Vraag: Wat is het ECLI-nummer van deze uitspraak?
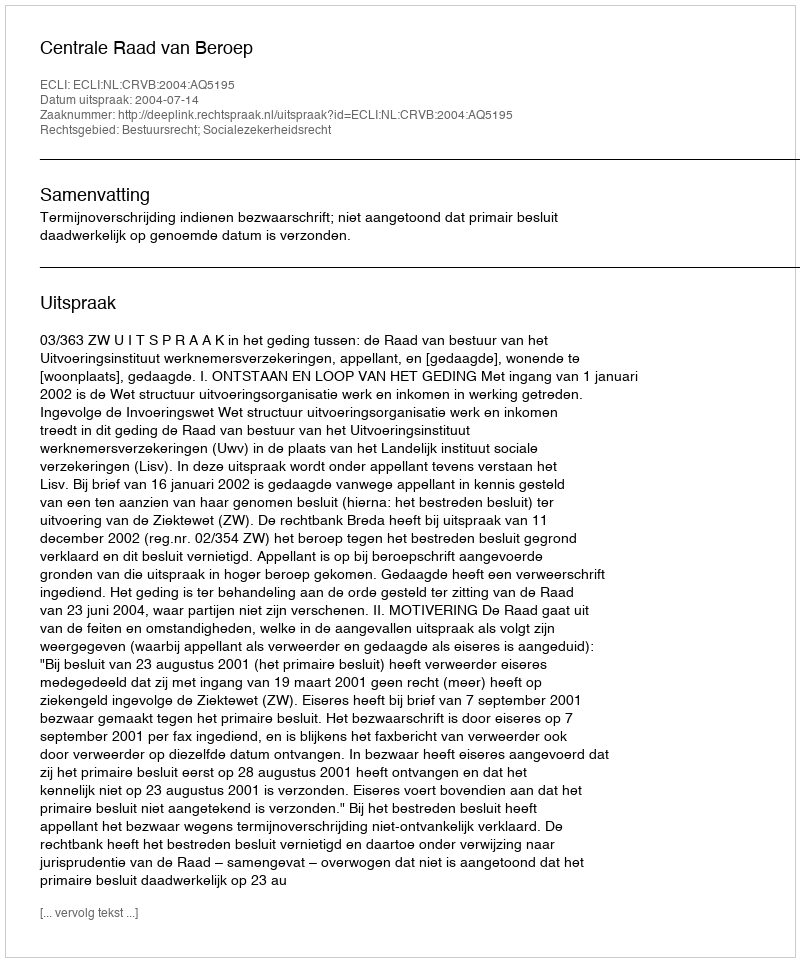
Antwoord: ECLI:NL:CRVB:2004:AQ5195